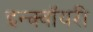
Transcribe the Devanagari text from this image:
इन्क्वॉयरी